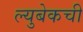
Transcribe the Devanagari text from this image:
ल्युबेकची